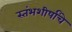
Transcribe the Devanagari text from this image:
स्तंभशीर्षांचे